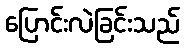
ပြောင်းလဲခြင်းသည်